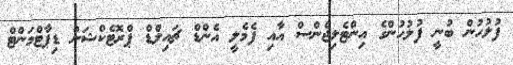
ފުލުހުން ބުނީ ފުލުހުންގެ އިންޓެލިޖެންސް އާއި ފެމެލީ އެންޑް ޗައިލްޑް ޕްރޮޓެކްޝަން ޑިޕާޓްމަންޓް